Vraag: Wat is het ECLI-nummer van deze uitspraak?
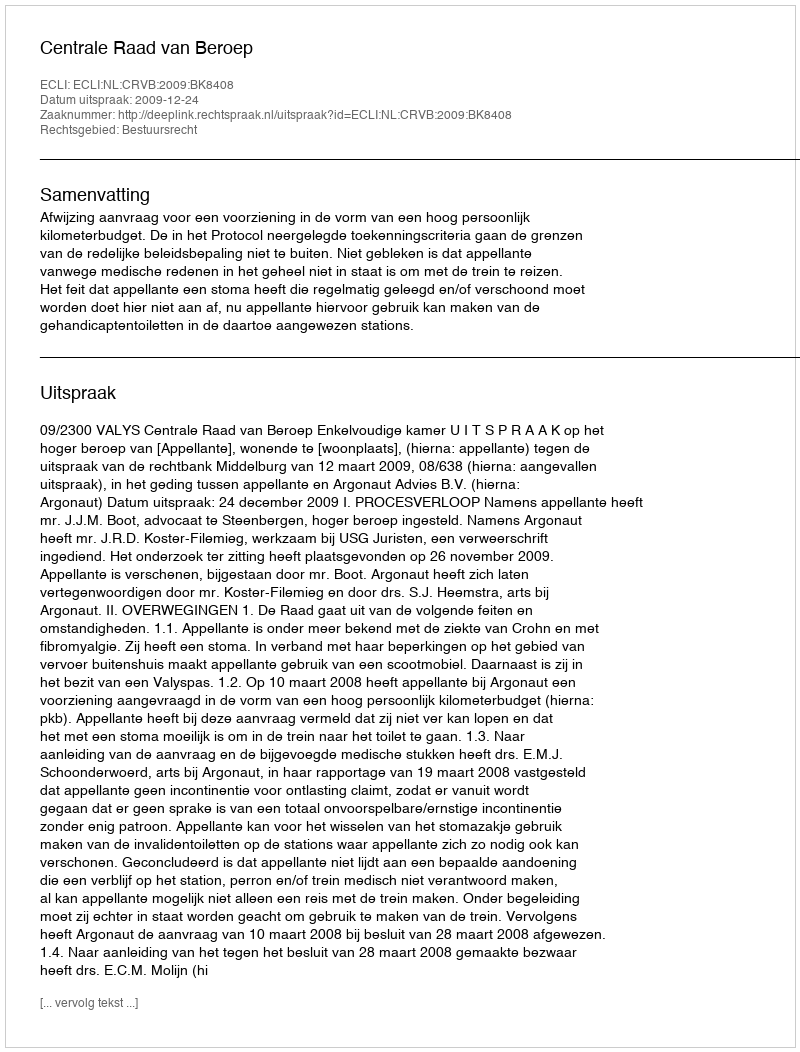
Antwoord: ECLI:NL:CRVB:2009:BK8408